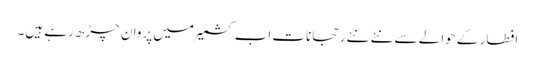
افطار کے حوالے سے نئے نئے رحجانات اب کشمیر میں پروان چڑھ رہے ہیں۔